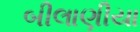
બીલાણીયા